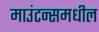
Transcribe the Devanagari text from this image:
माउंटन्समधील